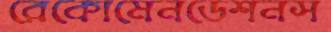
রেকোমেনডেশনস